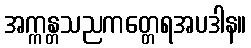
အက္ကန္တသညကတ္တေရအပဒါန။